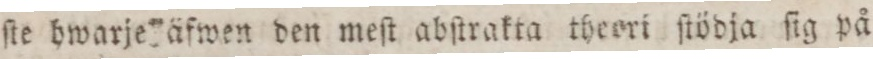
ſie hwarje äfwen den meſt abſtrakta theori ſtödja ſig på